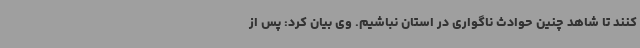
کنند تا شاهد چنین حوادث ناگواری در استان نباشیم. وی بیان کرد: پس از